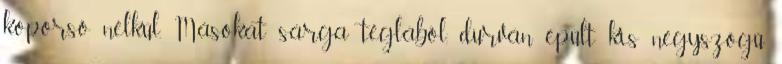
koporsó nélkül. Másokat sárga téglából, durván épült kis négyszögű